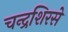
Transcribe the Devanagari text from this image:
चन्द्रशिरसे